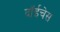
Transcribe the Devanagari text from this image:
दॉईचेस